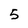
Character: 5